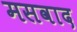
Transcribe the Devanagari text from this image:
मसवाद